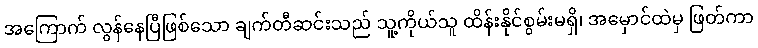
အကြောက် လွန်နေပြီဖြစ်သော ချက်တီဆင်းသည် သူ့ကိုယ်သူ ထိန်းနိုင်စွမ်းမရှိ၊ အမှောင်ထဲမှ ဖြတ်ကာ